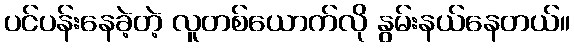
ပင်ပန်းနေခဲ့တဲ့ လူတစ်ယောက်လို နွမ်းနယ်နေတယ်။